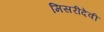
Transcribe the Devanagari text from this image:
मिसरीदेवी